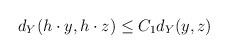
LaTeX: \begin{align*} d_{Y}(h\cdot y,h\cdot z)\leq C_{1}d_{Y}(y,z) \end{align*}